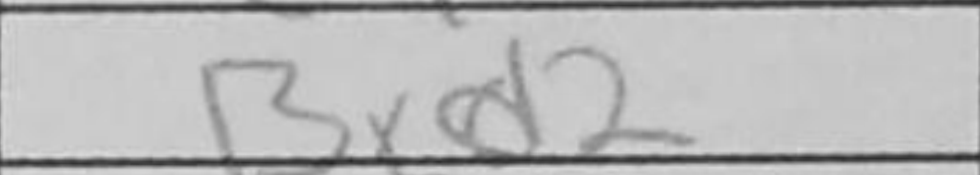
Transcription: Bxd2